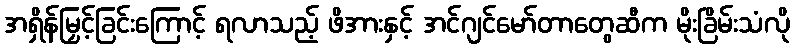
အရှိန်မြှင့်ခြင်းကြောင့် ရလာသည့် ဖိအားနှင့် အင်ဂျင်မော်တာတွေဆီက မိုးခြိမ်းသံလို